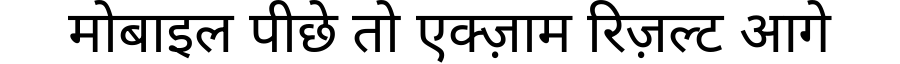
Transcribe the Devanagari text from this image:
मोबाइल पीछे तो एक्ज़ाम रिज़ल्ट आगे